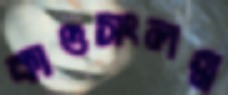
কাণ্ডসংলগ্ন